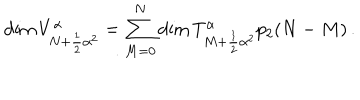
\mathrm { d i m } \, V _ { N + \frac { 1 } { 2 } { \alpha } ^ { 2 } } ^ { \alpha } = \sum _ { M = 0 } ^ { N } \mathrm { d i m } \, T _ { M + \frac { 1 } { 2 } { \alpha } ^ { 2 } } ^ { \alpha } p _ { 2 } ( N - M ) \, .